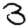
Digit: 3